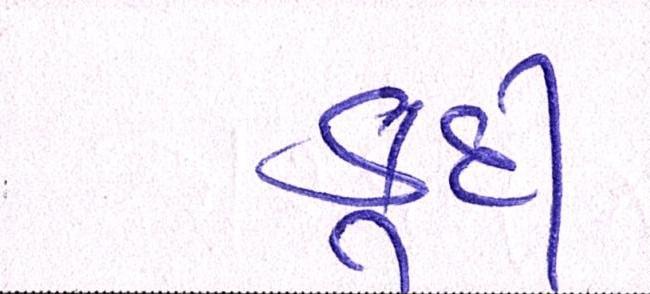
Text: કૂદી